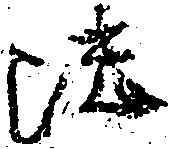
法